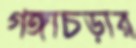
গঙ্গাচড়ার